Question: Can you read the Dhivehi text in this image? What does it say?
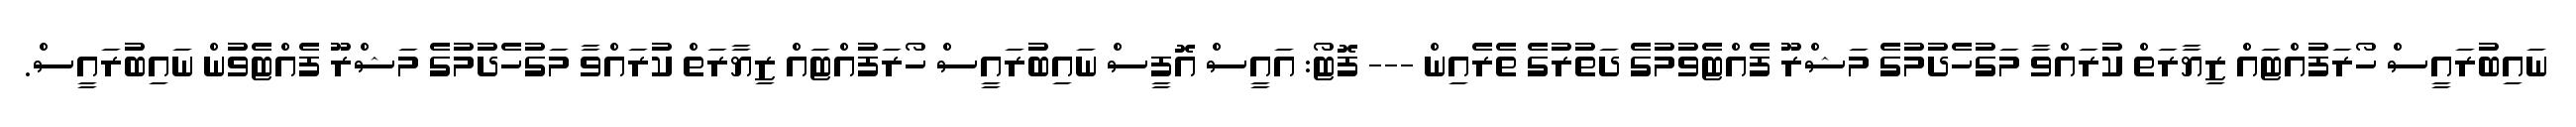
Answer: ނައިބުރައީސް ހޯރަފުއްޓައް ޒިޔާރަތް ކުރައްވާ މަގުހެދުމުގެ މަޝްރޫ ފެއްޓެވުމުގެ ދަތުރުގެ ތެރެއިން --- ފޮޓޯ: އައީސް އޮފީސް ނައިބުރައީސް ހޯރަފުއްޓައް ޒިޔާރަތް ކުރައްވާ މަގުހެދުމުގެ މަޝްރޫ ފެއްޓެވުން ނައިބުރައީސް.